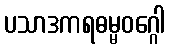
ပသာဒကရဓမ္မဝဂ္ဂေါ